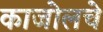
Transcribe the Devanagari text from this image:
काजोलचे